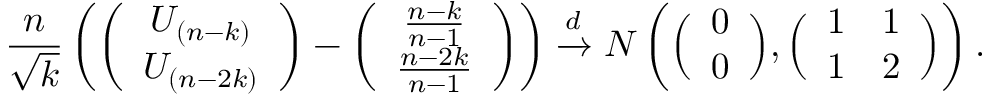
\frac { n } { \sqrt { k } } \left( \left( \begin{array} { c } { U _ { ( n - k ) } } \\ { U _ { ( n - 2 k ) } } \end{array} \right) - \left( \begin{array} { c } { \frac { n - k } { n - 1 } } \\ { \frac { n - 2 k } { n - 1 } } \end{array} \right) \right) \xrightarrow { d } N \left( \Big ( \begin{array} { c } { 0 } \\ { 0 } \end{array} \Big ) , \Big ( \begin{array} { c c } { 1 } & { 1 } \\ { 1 } & { 2 } \end{array} \Big ) \right) .